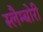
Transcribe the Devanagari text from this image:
स्लैम्बोरी